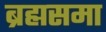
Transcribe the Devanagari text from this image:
ब्रह्मसमा